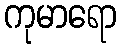
ကုမာရော